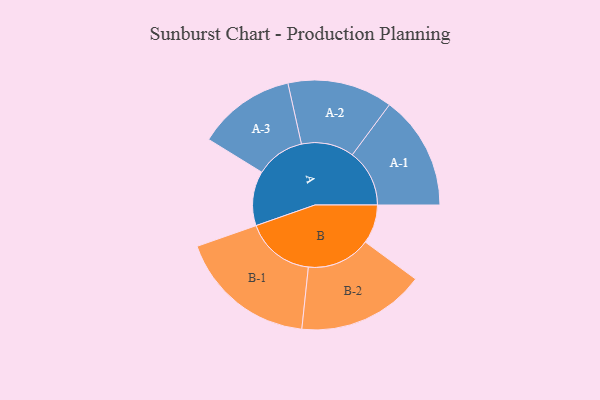
{"axis": {"x": "Segment", "y": "Value"}, "legend": ["", "A", "B"], "data": [{"x": "A", "y": 227, "type": ""}, {"x": "B", "y": 162, "type": ""}, {"x": "A-1", "y": 238, "type": "A"}, {"x": "A-2", "y": 219, "type": "A"}, {"x": "A-3", "y": 204, "type": "A"}, {"x": "B-1", "y": 288, "type": "B"}, {"x": "B-2", "y": 266, "type": "B"}]}